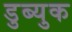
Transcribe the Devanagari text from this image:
डुब्युक